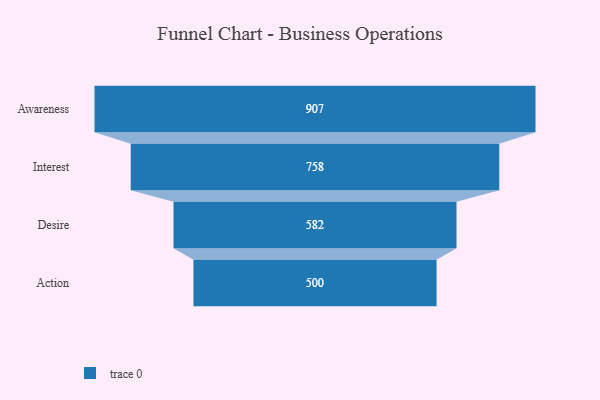
{"axis": {"x": "Stage", "y": "Value"}, "legend": [""], "data": [{"x": "Awareness", "y": 907.0, "type": ""}, {"x": "Interest", "y": 758.0, "type": ""}, {"x": "Desire", "y": 582.0, "type": ""}, {"x": "Action", "y": 500, "type": ""}]}